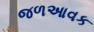
જળઆવક